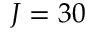
J = 3 0